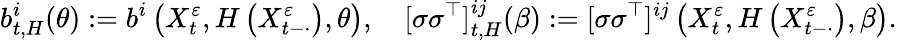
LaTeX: b_{t,H}^{i}(\theta):=b^{i}\left(X_{t}^{\varepsilon},H\left(X_{t-\cdot}^{\varepsilon}\right),\theta\right),\quad[\sigma\sigma^{\top}]_{t,H}^{ij}(\beta):=[\sigma\sigma^{\top}]^{ij}\left(X_{t}^{\varepsilon},H\left(X_{t-\cdot}^{\varepsilon}\right),\beta\right).